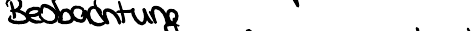
Beobachtung